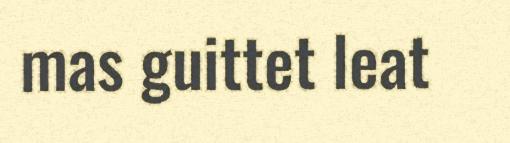
mas guittet leat